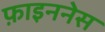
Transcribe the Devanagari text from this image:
फ़ाइननेस